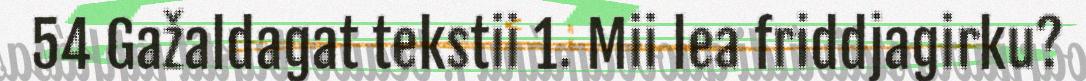
54 Gažaldagat tekstii 1. Mii lea friddjagirku?